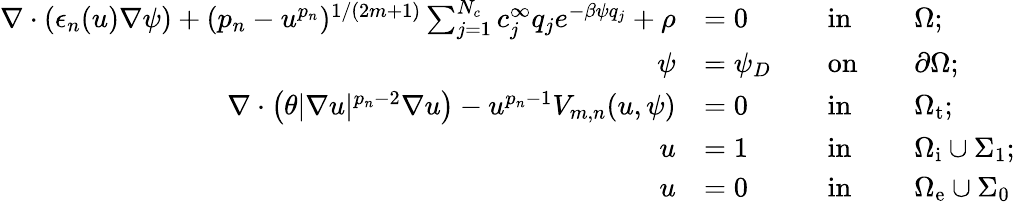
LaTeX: \begin{array}{rlrlrl}{\nabla\cdot(\epsilon_{n}(u)\nabla\psi)+(p_{n}-u^{p_{n}})^{1/(2m+1)}\sum_{j=1}^{N_{c}}c_{j}^{\infty}q_{j}e^{-\beta\psi q_{j}}+\rho}&{=0}&&{\mathrm{in}}&&{\Omega;}\\ {\psi}&{=\psi_{D}}&&{\mathrm{on}}&&{\partial\Omega;}\\ {\nabla\cdot\left(\theta|\nabla u|^{p_{n}-2}\nabla u\right)-u^{p_{n}-1}V_{m,n}(u,\psi)}&{=0}&&{\mathrm{in}}&&{\Omega_{\mathrm{t}};}\\ {u}&{=1}&&{\mathrm{in}}&&{\Omega_{\mathrm{i}}\cup\Sigma_{1};}\\ {u}&{=0}&&{\mathrm{in}}&&{\Omega_{\mathrm{e}}\cup\Sigma_{0}}\end{array}